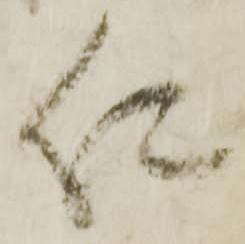
仁